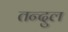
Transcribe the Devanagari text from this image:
तन्दुल